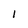
Character: I